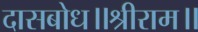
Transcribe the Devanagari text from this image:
दासबोध॥श्रीराम॥